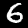
Digit: 6